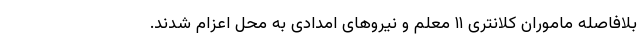
بلافاصله ماموران کلانتری ۱۱ معلم و نیروهای امدادی به محل اعزام شدند.